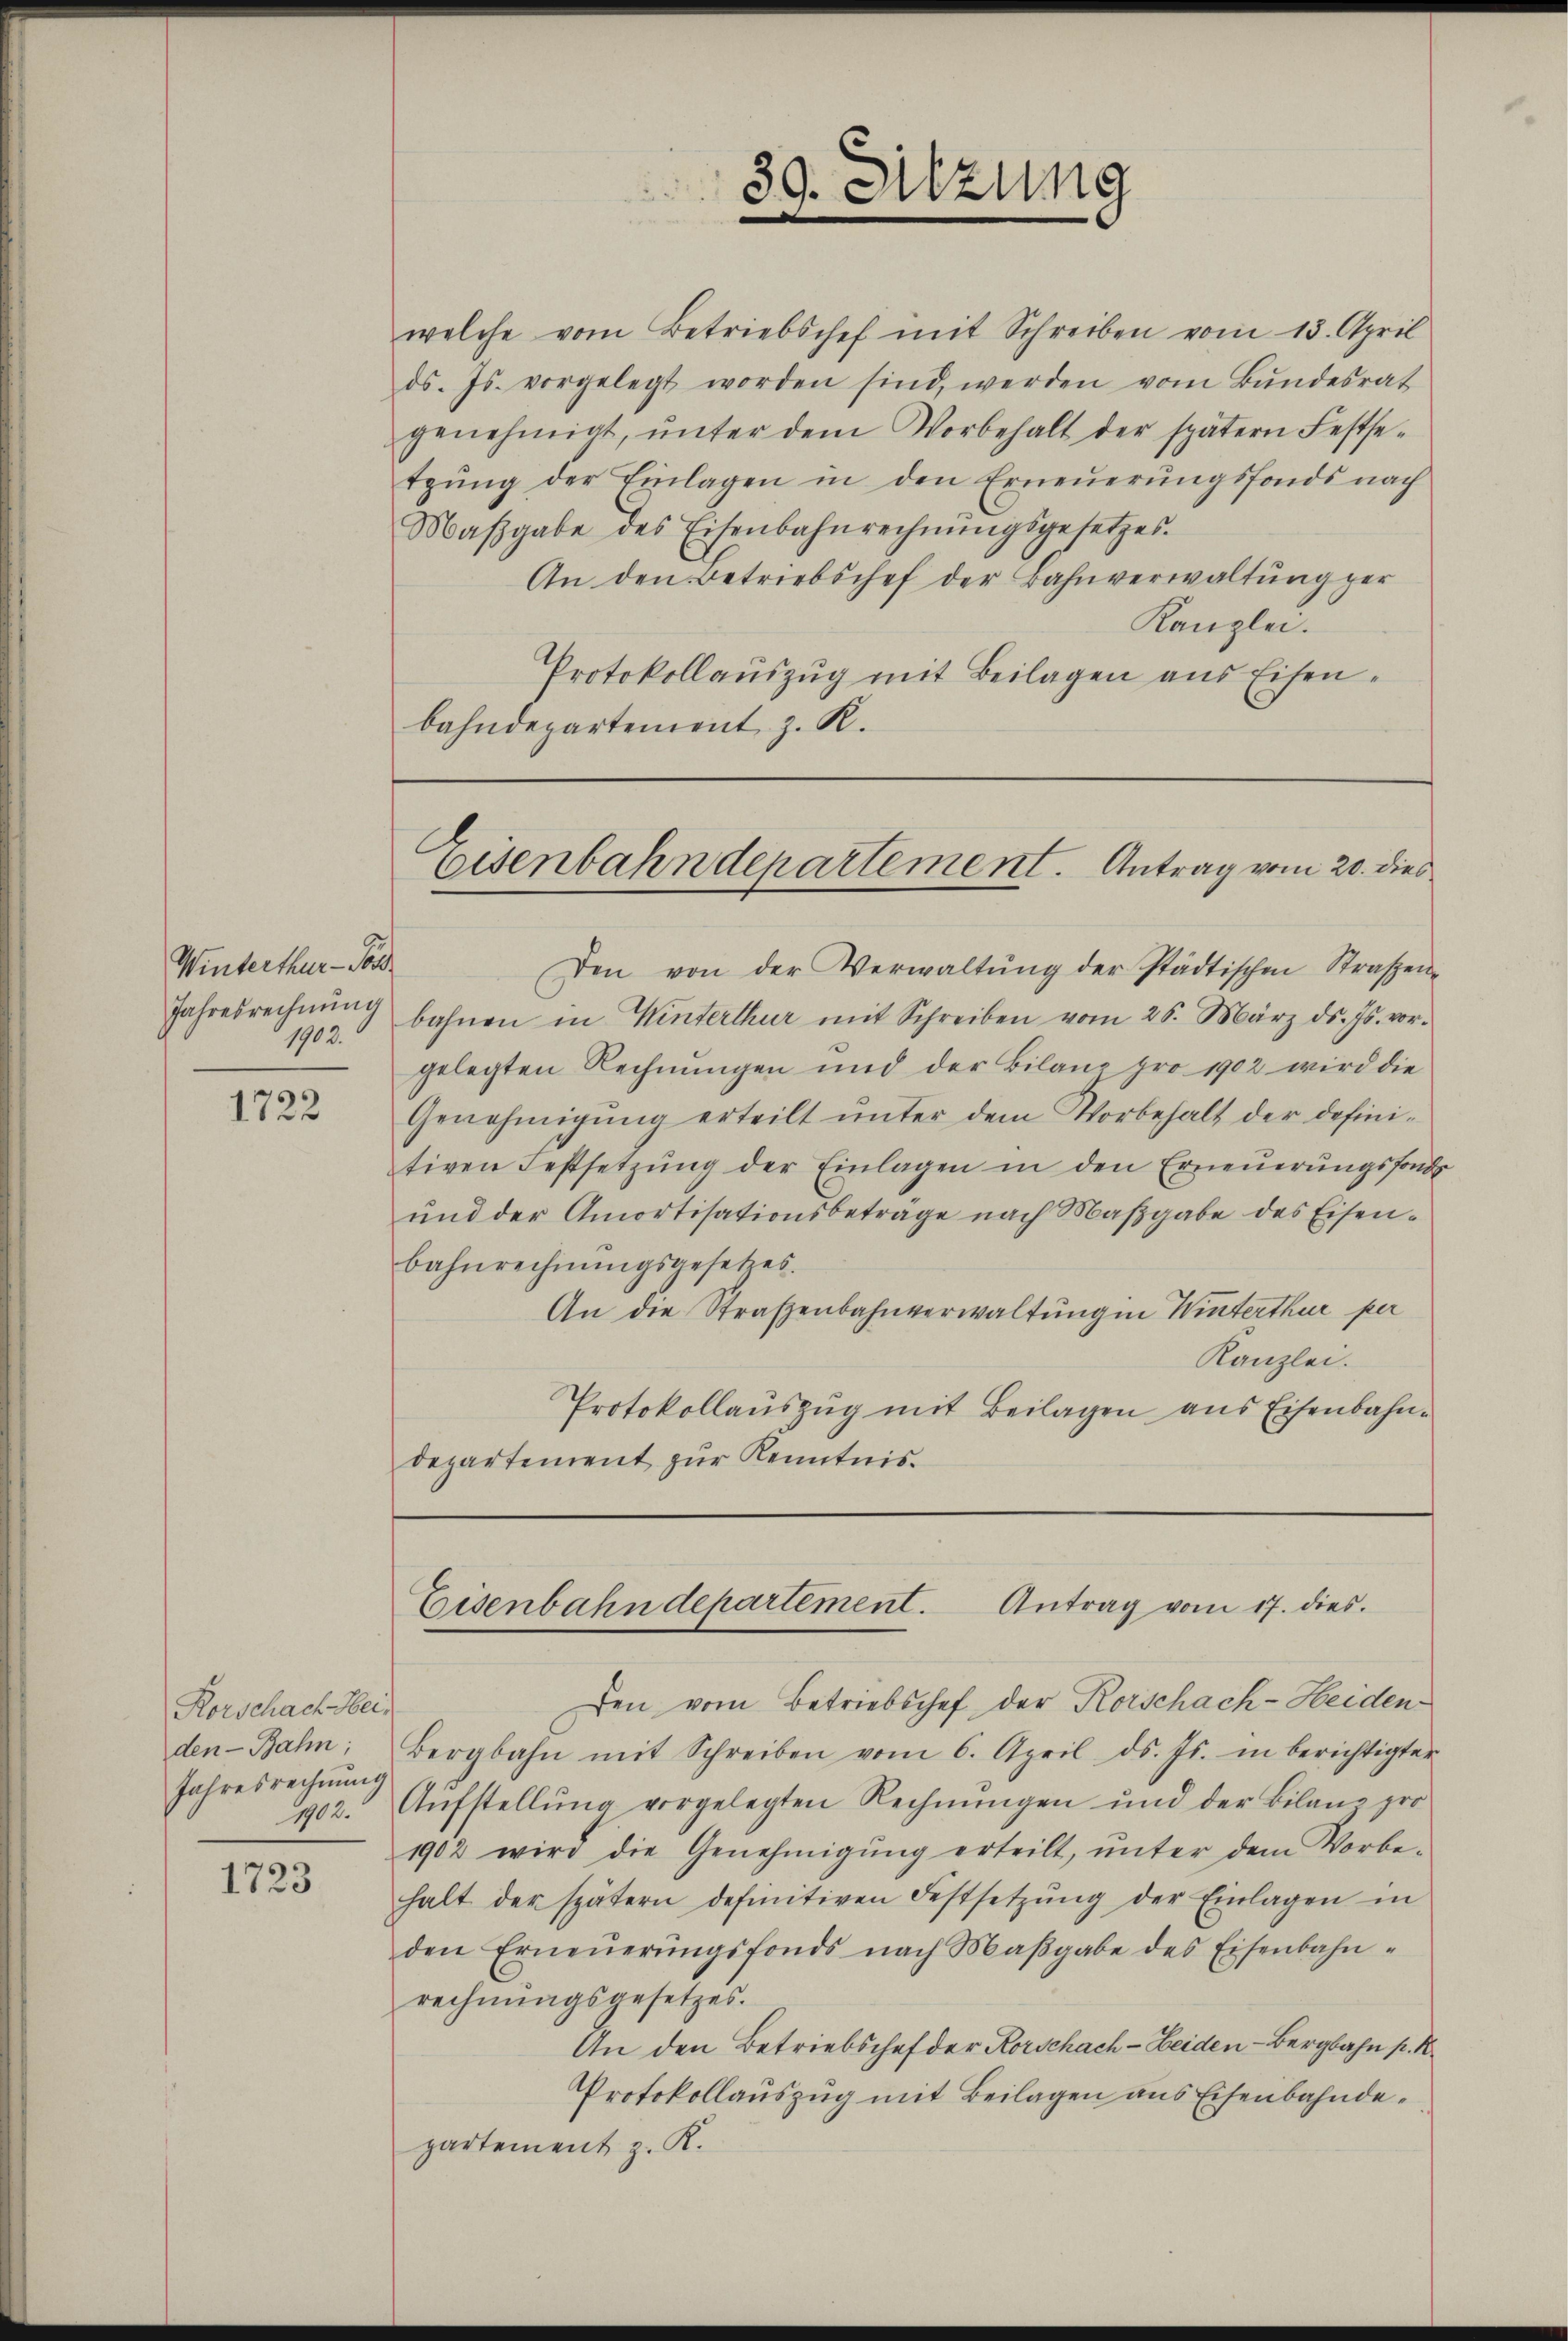
Winterthur - Pol
Jahresrechnung
1902.

1722

welche vom Betriebschef mit Schreiben vom 13. April
ds. Js. vorgelegt worden sind, werden vom Bŭndesrat
genehmigt, ŭnter dem Vorbehalt der spätern Festse-
tgŭng der Einlagen in den Erneŭerŭngsfonds nach
Maβgabe des Eisenbahnrechnŭngsgesetzes.
An den Betriebschef der Bahnverwaltung per
Kanzlei.
Protokollauszug mit Beilagen aus Eisenbahndepartement z. R.

Den von der Verwaltŭng der städtischen Straßen-
bahnen in Winterthur mit Schreiben vom 26. März ds. Js. vor-
gelegten Rechnungen und der Bilanz pro 1902 wird die
Genehmigŭng erteilt ŭnter dem Vorbehalt der defini-
tiven Festsetzŭng der Einlagen in den Erneŭerŭngsfonds
ŭnd der Amortisationsbeträge nach Maβgabe des Eisen-
bahnrechnŭngsgesetzes.
An die Straßenbahnverwaltung in Winterthur per
Kanzlei.
Protokollauszug mit Beilagen aus Eisenbahndepartement zŭr Kenntnis

Rorschach Hei
den Bahn;
Jahresrechnung

1723

39. Sitzung

Eisenbahndepartement. Antrag vom 20. dies

fen vom Betriebschef der Korschach-Heiden¬
Bergbahn mit Schreiben vom 6. April d. Js. in berichtigter
102. Aŭfstellŭng vorgelegten Rechnŭngen und der Bilanz pro
1902 wird die Genehmigŭng erteilt, ŭnter dem Vorbe-
halt der spätern definitiven Festsetzŭng der Einlagen in
den Erneŭerŭngsfonds nach Maβgabe des Eisenbahn-
rechnŭngsgesetzes.
An den Betriebschef der Korschach-Heiden-Bergbahn pr. K.
Protokollauszug mit Beilagen aus Eisenbahndepartement z. R.

Eisenbahndepartement. Antrag vom 17. dies